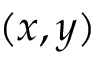
( x , y )